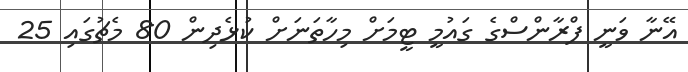
އޭނާ ވަނީ ފްރާންސްގެ ގައުމީ ޓީމަށް މިހާތަނަށް ކުޅެދިން 80 މެޗުގައި 25